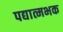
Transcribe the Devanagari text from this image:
पद्यात्मभक